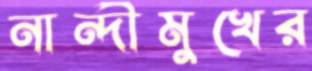
নান্দীমুখের